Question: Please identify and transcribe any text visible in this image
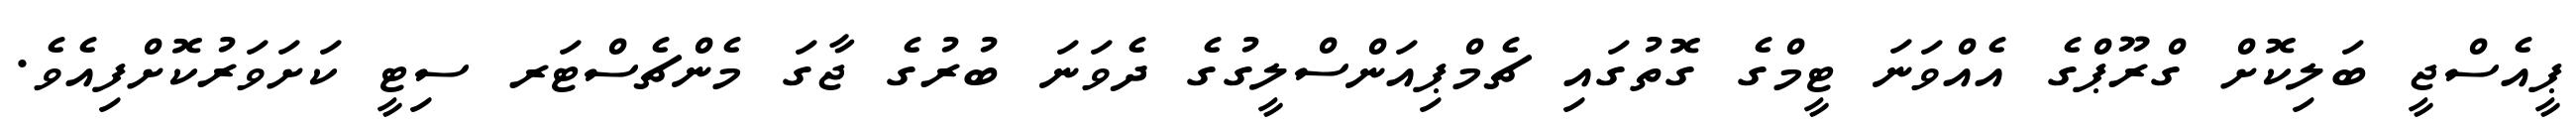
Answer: ޕީއެސްޖީ ބަލިކޮށް ގްރޫޕްގެ އެއްވަނަ ޓީމްގެ ގޮތުގައި ޗެމްޕިއަންސްލީގުގެ ދެވަނަ ބުރުގެ ޖާގަ މެންޗެސްޓަރ ސިޓީ ކަށަވަރުކޮށްފިއެވެ.